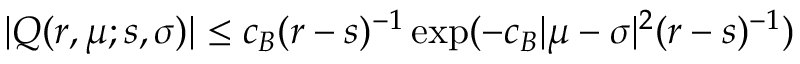
| Q ( r , \mu ; s , \sigma ) | \leq c _ { B } ( r - s ) ^ { - 1 } \exp ( - c _ { B } | \mu - \sigma | ^ { 2 } ( r - s ) ^ { - 1 } )